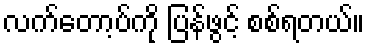
လက်တော့ပ်ကို ပြန်ဖွင့် စစ်ရတယ်။